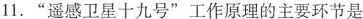
11.”遥感卫星十九号”工作原理的主要环节是